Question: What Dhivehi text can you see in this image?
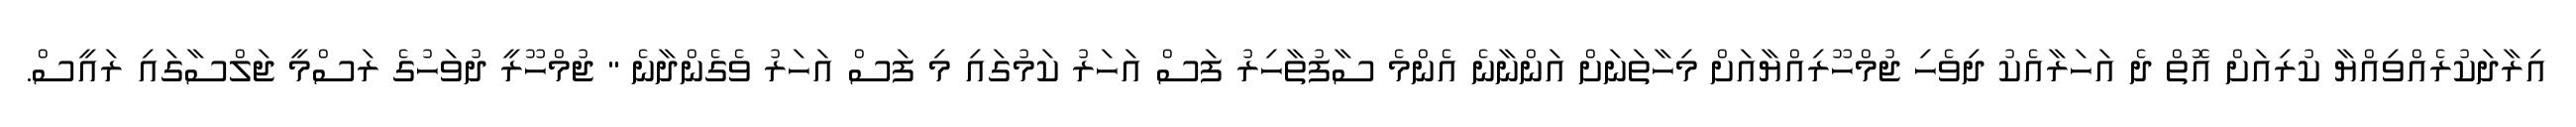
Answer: އިރާދަކުރެއްވިއްޔާ ކުރިއަށް އޮތް ދެ އަހަރާއެކު ދިވެހި ޖުމްހޫރިއްޔާއަށް މިހާތަނަށް އަންނާނެ އެންމެ ސާފުތާހިރު ފަސް އަހަރު ކަމުގައި މި ފަސް އަހަރު ވެގެންދާނެ " ޖުމްހޫރީ ދުވަހުގެ ރަސްމީ ޖަލްސާގައި ރައީސް.